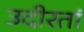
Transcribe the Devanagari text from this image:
उदीरतां